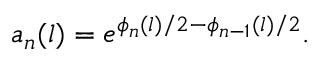
a _ { n } ( l ) = e ^ { \phi _ { n } ( l ) / 2 - \phi _ { n - 1 } ( l ) / 2 } .